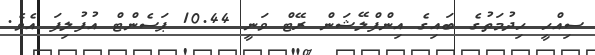
ސިއްހީ ހިދުމަތުގެ ބައިގެ އިންފްލޭޝަން ރޭޓް ވަނީ 10.44 ޕަސެންޓް އުފުލިފަ އެވެ.